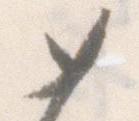
如